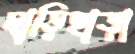
দাড়িছাড়া